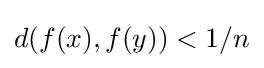
d(f(x),f(y))<1/n